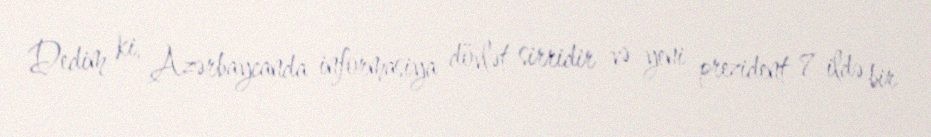
Dedim ki, Azərbaycanda informasiya dövlət sirridir və yeni prezident 7 ildə bir